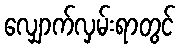
လျှောက်လှမ်းရာတွင်